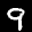
Label: 9